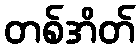
တစ်အိတ်